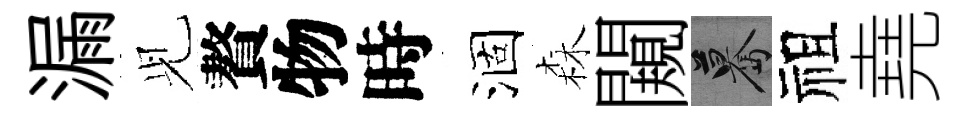
漏𫤗贅物時涸森闚驀祖堯